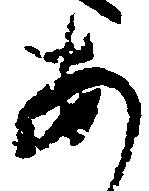
あ